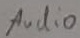
Text: Audio